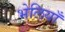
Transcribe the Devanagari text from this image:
भेलियाँ